Indian journal of veterinary science and animal husbandry - Volumes 18-21, 1948-1951
Year: 1948
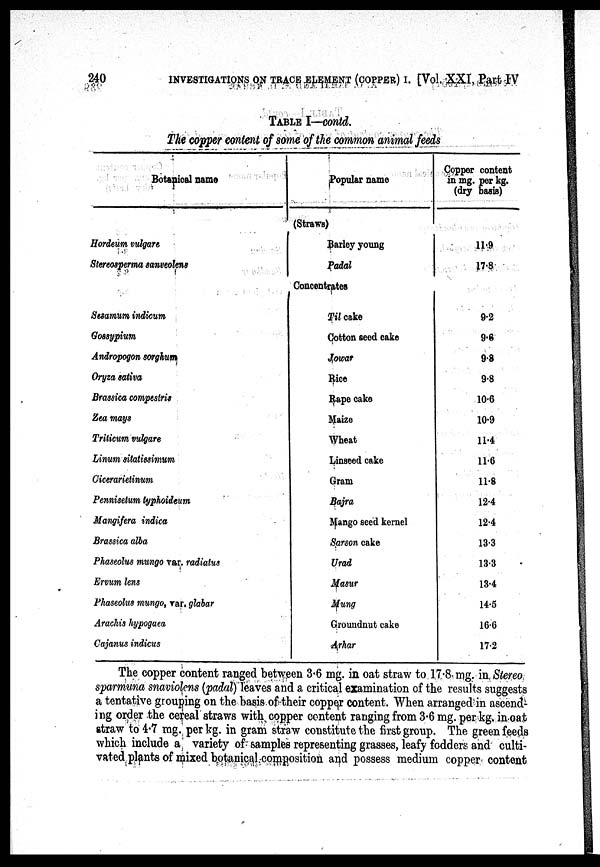
240
INVESTIGATIONS ON TRACE ELEMENT (COPPER) I. [Vol. XXI, Part IV
TABLE I—contd.
The copper content of some of the common animal feeds
Botanical name
Hordeum vulgare
Stereosperma sanseolens
Sesamum indicum
Gossypium
Andropogon sorghum
Oryza soliva
Brassica compestris
Zea mays
Triticum vulgare
Linum sitatissimum
Cicerarietinum
Pennisetum typhoideum
Mangifera indica
Brassica alba
Phaseolus mungo var. radiatus
Ervum lens
Phaseolus mungo, var. glabar
Arachis hypogaea
Cajanus indicus
Popular name
(Straws)
Parley young
Padal
Concentrates
Til cake
Cotton seed cake
Jowar
Rice
Rape cake
Maize
Wheat
Linseed cake
Gram
Bajra
Mango seed kernel
Sarson cake
Urad
Masur
Mung
Groundnut cake
Arhar
Copper content
in mg. per kg.
(dry basis)
11.9
17.8
9.2
9.6
9.8
9.8
10.6
10.9
11.4
11.6
11.8
12.4
12.4
13.3
13.3
13.4
14.5
16.6
17.2
The copper content ranged between 3.6 mg. in oat straw to 17.8 mg. in Stereo
sparmuna snaviolens (padal) leaves and a critical examination of the results suggests
a tentative grouping on the basis of their copper content. When arranged in ascend-
ing order the cereal straws with copper content ranging from 3.6 mg. per kg. in oat
straw to 4.7 mg. per kg. in gram straw constitute the first group. The green feeds
which include a variety of samples representing grasses, leafy fodders and culti-
vated plants of mixed botanical composition and possess medium copper content